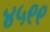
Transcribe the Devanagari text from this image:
४५९९